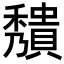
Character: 𥣧